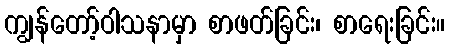
ကျွန်တော့်ဝါသနာမှာ စာဖတ်ခြင်း၊ စာရေးခြင်း။